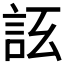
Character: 𧦚